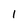
Character: 1